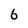
Character: 6